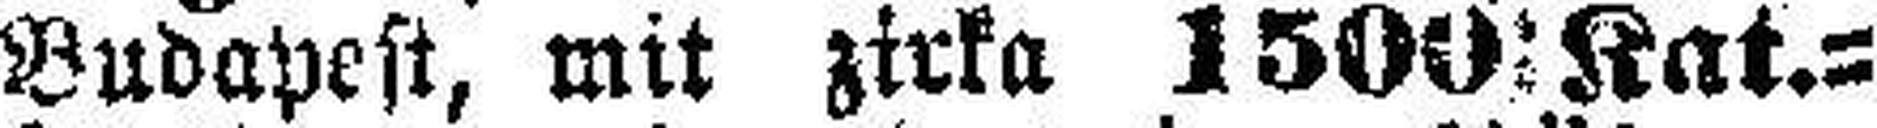
Budapest, mit zirka 1500 Kat.=